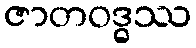
ဇာတဝဒ္ဓဿ